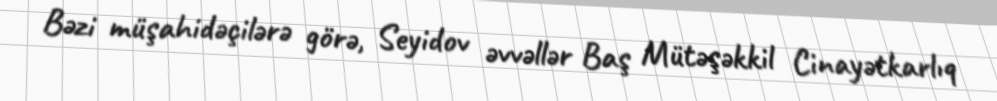
Bəzi müşahidəçilərə görə, Seyidov əvvəllər Baş Mütəşəkkil Cinayətkarlıq